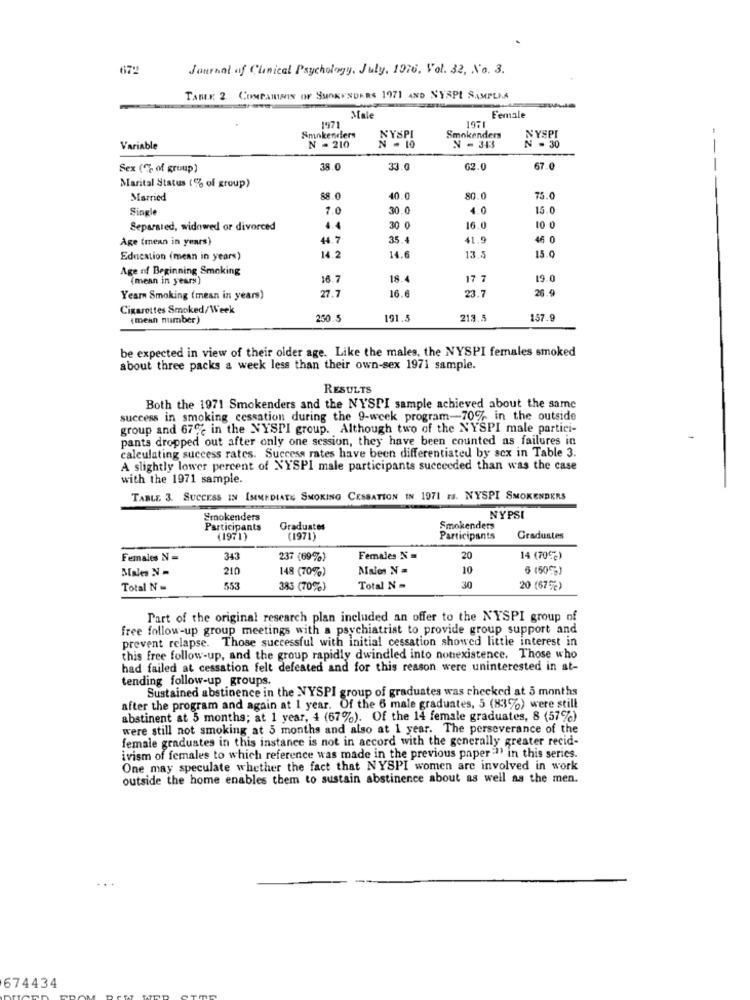
672
Journal of Clinical Psychology, July, 1916, Vol. 32, No. 3.
TABLE. 2. COMPAIMAIS OF SMOKENDARS 1971 AND NYSPL SAMPLIA
Male
Female
1971
1971
-
Smokenders
NYSPI
Smokenders
N = 30
NYSPI
Variable
N . 210
N - 343
Sex (% of group)
38.0
33.0
62.0
67.0
Marital Status (% of group)
Married
88.0
40.0
80.0
75.0
Single
10
30.0
4.0
15.0
Separated, widowed or divorced
4.4
30 0
16.0
10 0
Age (mean in years)
44.7
35.
41.9
46 0
Education (mean in years)
14.2
14.6
13.2
15.0
Age of Beginning Smoking
(mean in years)
16.7
18.4
17 7
19.0
27.7
16.6
23.7
26.9
Year Smoking (mean in years)
Cigarettes Smoked/Week
(mean number)
250.5
191.5
213.5
157.9
be expected in view of their older age. Like the males, the NYSPI females smoked
about three packs a week less than their own-sex 1971 sample.
RESULTS
Both the 1971 Smokenders and the NYSPI sample achieved about the same
success in smoking cessation during the 9-week program-70% in the outside
group and 67; in the NYSPI group. Although two of the NYSPI male partici-
pants dropped out after only one session, they have been counted as failures in
calculating success rates. Success rates have been differentiated by sex in Table 3.
A slightly lower percent of N'YSPI male participants succeeded than was the case
with the 1971 sample.
TABLE. 3. SUCCESS IN IMMEDIATE SMOKING CESSATION IN 1971 rs. NYSPI SMOKENDERS
Smokenders
NYPSI
Participants
Graduates
Smokenders
(1971)
(1971)
Participants
Graduates
Females N =
343
237 (69%)
Females N =
20
14 (70℃)
210
148 (70%)
Males N =
10
6 (50%)
Total N =
553
385 (70%)
Total N =
30
20 (67%)
Part of the original research plan included an offer to the NYSPI group of
free follow-up group meetings with a psychiatrist to provide group support and
prevent relapse. Those successful with initial cessation showed little interest in
this free follow-up, and the group rapidly dwindled into nonexistence. Those who
had failed at cessation felt defeated and for this reason were uninterested in at-
tending follow-up groups.
Sustained abstinence in the NYSPI group of graduates was checked at 5 months
after the program and again at 1 year. Of the 6 male graduates, 5 (83%) were still
abstinent at 5 months; at 1 year, 4 (67%). Of the 14 female graduates, 8 (57%)
were still not smoking at 5 months and also at 1 year. The perseverance of the
female graduates in this instance is not in accord with the generally greater recid-
ivism of females to which reference was made in the previous paper""' in this series.
One may speculate whether the fact that NYSPI women are involved in work
outside the home enables them to sustain abstinence about as well as the men.
674434